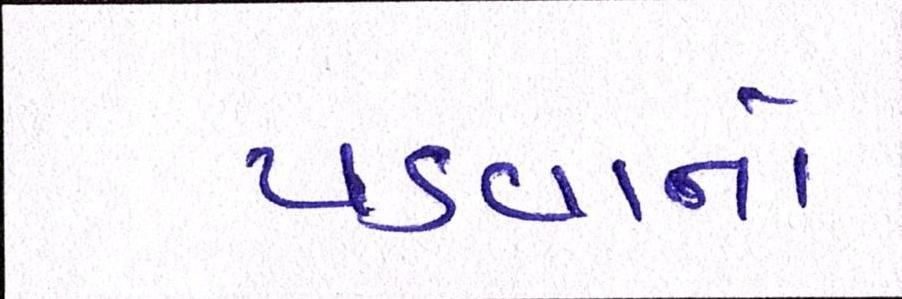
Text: પડવાનો